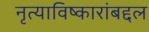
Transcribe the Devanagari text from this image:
नृत्याविष्कारांबद्दल